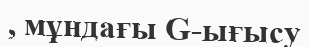
, мұндағы G-ығысу